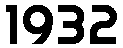
1932